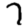
Digit: 7